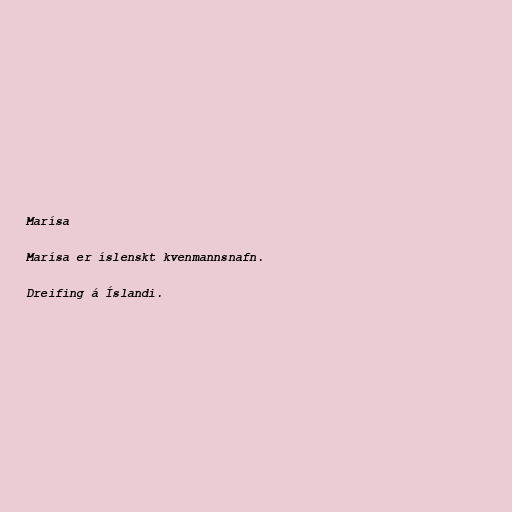
Marísa

Marísa er íslenskt kvenmannsnafn.

Dreifing á Íslandi.